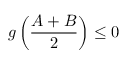
g \left( \frac { A + B } { 2 } \right) \leq 0